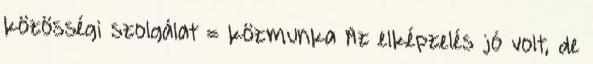
közösségi szolgálat = közmunka Az elképzelés jó volt, de